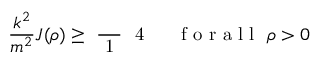
\frac { k ^ { 2 } } { m ^ { 2 } } J ( \rho ) \geq \mathrm { ~ \frac ~ { ~ 1 ~ } ~ { ~ 4 ~ } ~ } \quad \mathrm { ~ f ~ o ~ r ~ a ~ l ~ l ~ } ~ \rho > 0